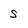
Character: S